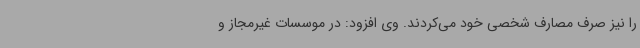
را نیز صرف مصارف شخصی خود می‌کردند. وی افزود: در موسسات غیرمجاز و